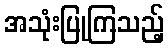
အသုံးပြုကြသည့်